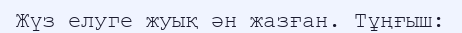
Жүз елуге жуық ән жазған. Тұңғыш: